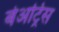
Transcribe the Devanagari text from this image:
बेअट्रिस